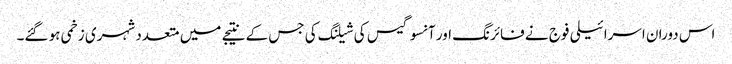
اس دوران اسرائیلی فوج نے فائرنگ اور آنسوگیس کی شیلنگ کی جس کے نتیجے میں متعدد شہری زخمی ہو گئے۔